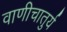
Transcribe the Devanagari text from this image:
वाणीचातुर्य